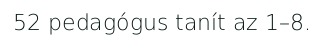
52 pedagógus tanít az 1–8.